画像に写った文字を読んでください
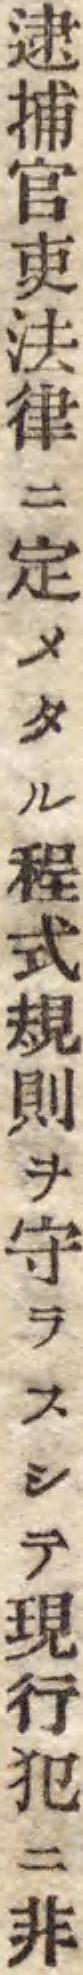
「逮捕官吏法律ニ定メタル程式規則ヲ守ラスシテ現行犯ニ非」と書いてあります